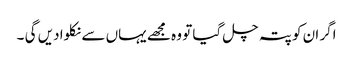
اگر ان کو پتہ چل گیا تو وہ مجھے یہاں سے نکلوا دیں گی ۔